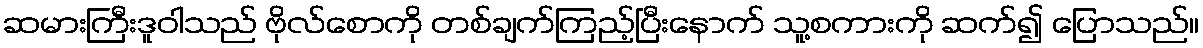
ဆမားကြီးဒူဝါသည် ဗိုလ်စောကို တစ်ချက်ကြည့်ပြီးနောက် သူ့စကားကို ဆက်၍ ပြောသည်။